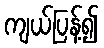
ကျယ်ပြန့်၍